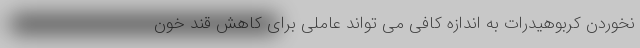
نخوردن کربوهیدرات به اندازه کافی می تواند عاملی برای کاهش قند خون